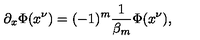
\partial _ { x } \Phi ( x ^ { \nu } ) = ( - 1 ) ^ { m } \frac { 1 } { \beta _ { m } } \Phi ( x ^ { \nu } ) ,